Scottish Leaving Certificate Examination, 1957
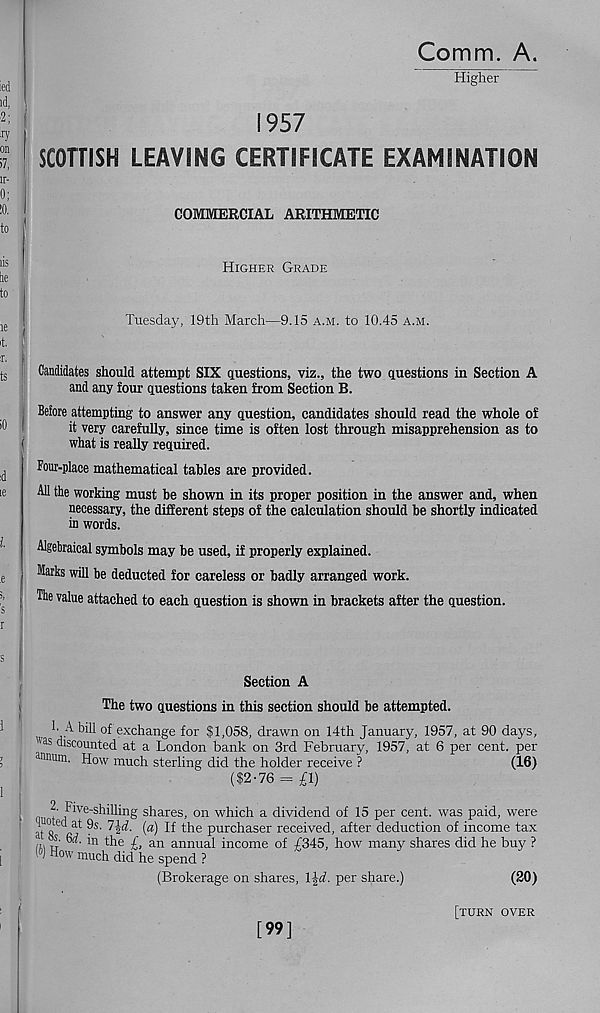
Comm. A.
Higher
1957
SCOTTISH LEAVING CERTIFICATE EXAMINATION
COMMERCIAL ARITHMETIC
Higher Grade
Tuesday, 19th March—9.15 a.m. to 10.45 a.m.
Candidates should attempt SIX questions, viz., the two questions in Section A
and any four questions taken from Section B.
Before attempting to answer any question, candidates should read the whole of
it very carefully, since time is often lost through misapprehension as to
what is really required.
Four-place mathematical tables are provided.
All the working must be shown in its proper position in the answer and, when
necessary, the different steps of the calculation should be shortly indicated
in words.
Algebraical symbols may be used, if properly explained.
Marks will be deducted for careless or badly arranged work.
The value attached to each question is shown in brackets after the question.
Section A
The two questions in this section should be attempted.
!■ A bill of exchange for SI,058, drawn on 14th January, 1957, at 90 days,
"as discounted at a London bank on 3rd February, 1957, at 6 per cent, per
annum. How much sterling did the holder receive ?
(16)
($2-76 = £1)
?' ^v e~s hilling shares, on which a dividend of 15 per cent, was paid, were
atSfij* ^S'
TT the purchaser received, after deduction of income tax
m 4'
* n ^e £, an annual income of £345, how many shares did he buy ?
1 ' H ow much did he spend ?
(Brokerage on shares, l^d. per share.)
[99]
(20)
[turn over